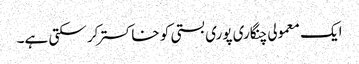
ایک معمولی چنگاری پوری بستی کو خاکستر کر سکتی ہے۔